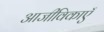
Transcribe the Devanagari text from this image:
आजीविकाएँ